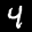
Label: 4